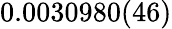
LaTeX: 0.0030980(46)